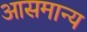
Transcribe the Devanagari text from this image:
आसमान्य